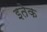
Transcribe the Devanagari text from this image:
इतेक